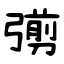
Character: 彅